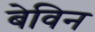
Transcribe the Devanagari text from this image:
बेविन